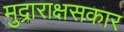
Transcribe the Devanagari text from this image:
मुद्राराक्षसकार